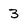
Character: 3